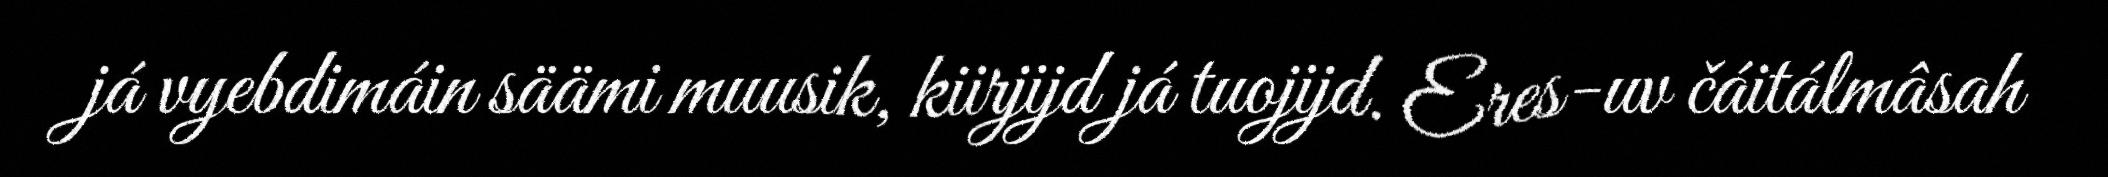
já vyebdimáin säämi muusik, kiirjijd já tuojijd. Eres-uv čáitálmâsah